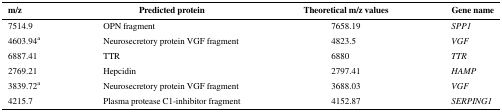
<table><thead><tr><td><b>m/z</b></td><td><b>Predicted protein</b></td><td><b>Theoretical m/z values</b></td><td><b>Gene name</b></td></tr></thead><tbody><tr><td>7514.9</td><td>OPN fragment</td><td>7658.19</td><td><i>SPP1</i></td></tr><tr><td>4603.94<sup>a</sup></td><td>Neurosecretory protein VGF fragment</td><td>4823.5</td><td><i>VGF</i></td></tr><tr><td>6887.41</td><td>TTR</td><td>6880</td><td><i>TTR</i></td></tr><tr><td>2769.21</td><td>Hepcidin</td><td>2797.41</td><td><i>HAMP</i></td></tr><tr><td>3839.72<sup>a</sup></td><td>Neurosecretory protein VGF fragment</td><td>3688.03</td><td><i>VGF</i></td></tr><tr><td>4215.7</td><td>Plasma protease C1-inhibitor fragment</td><td>4152.87</td><td><i>SERPING1</i></td></tr></tbody></table>